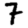
Digit: 7